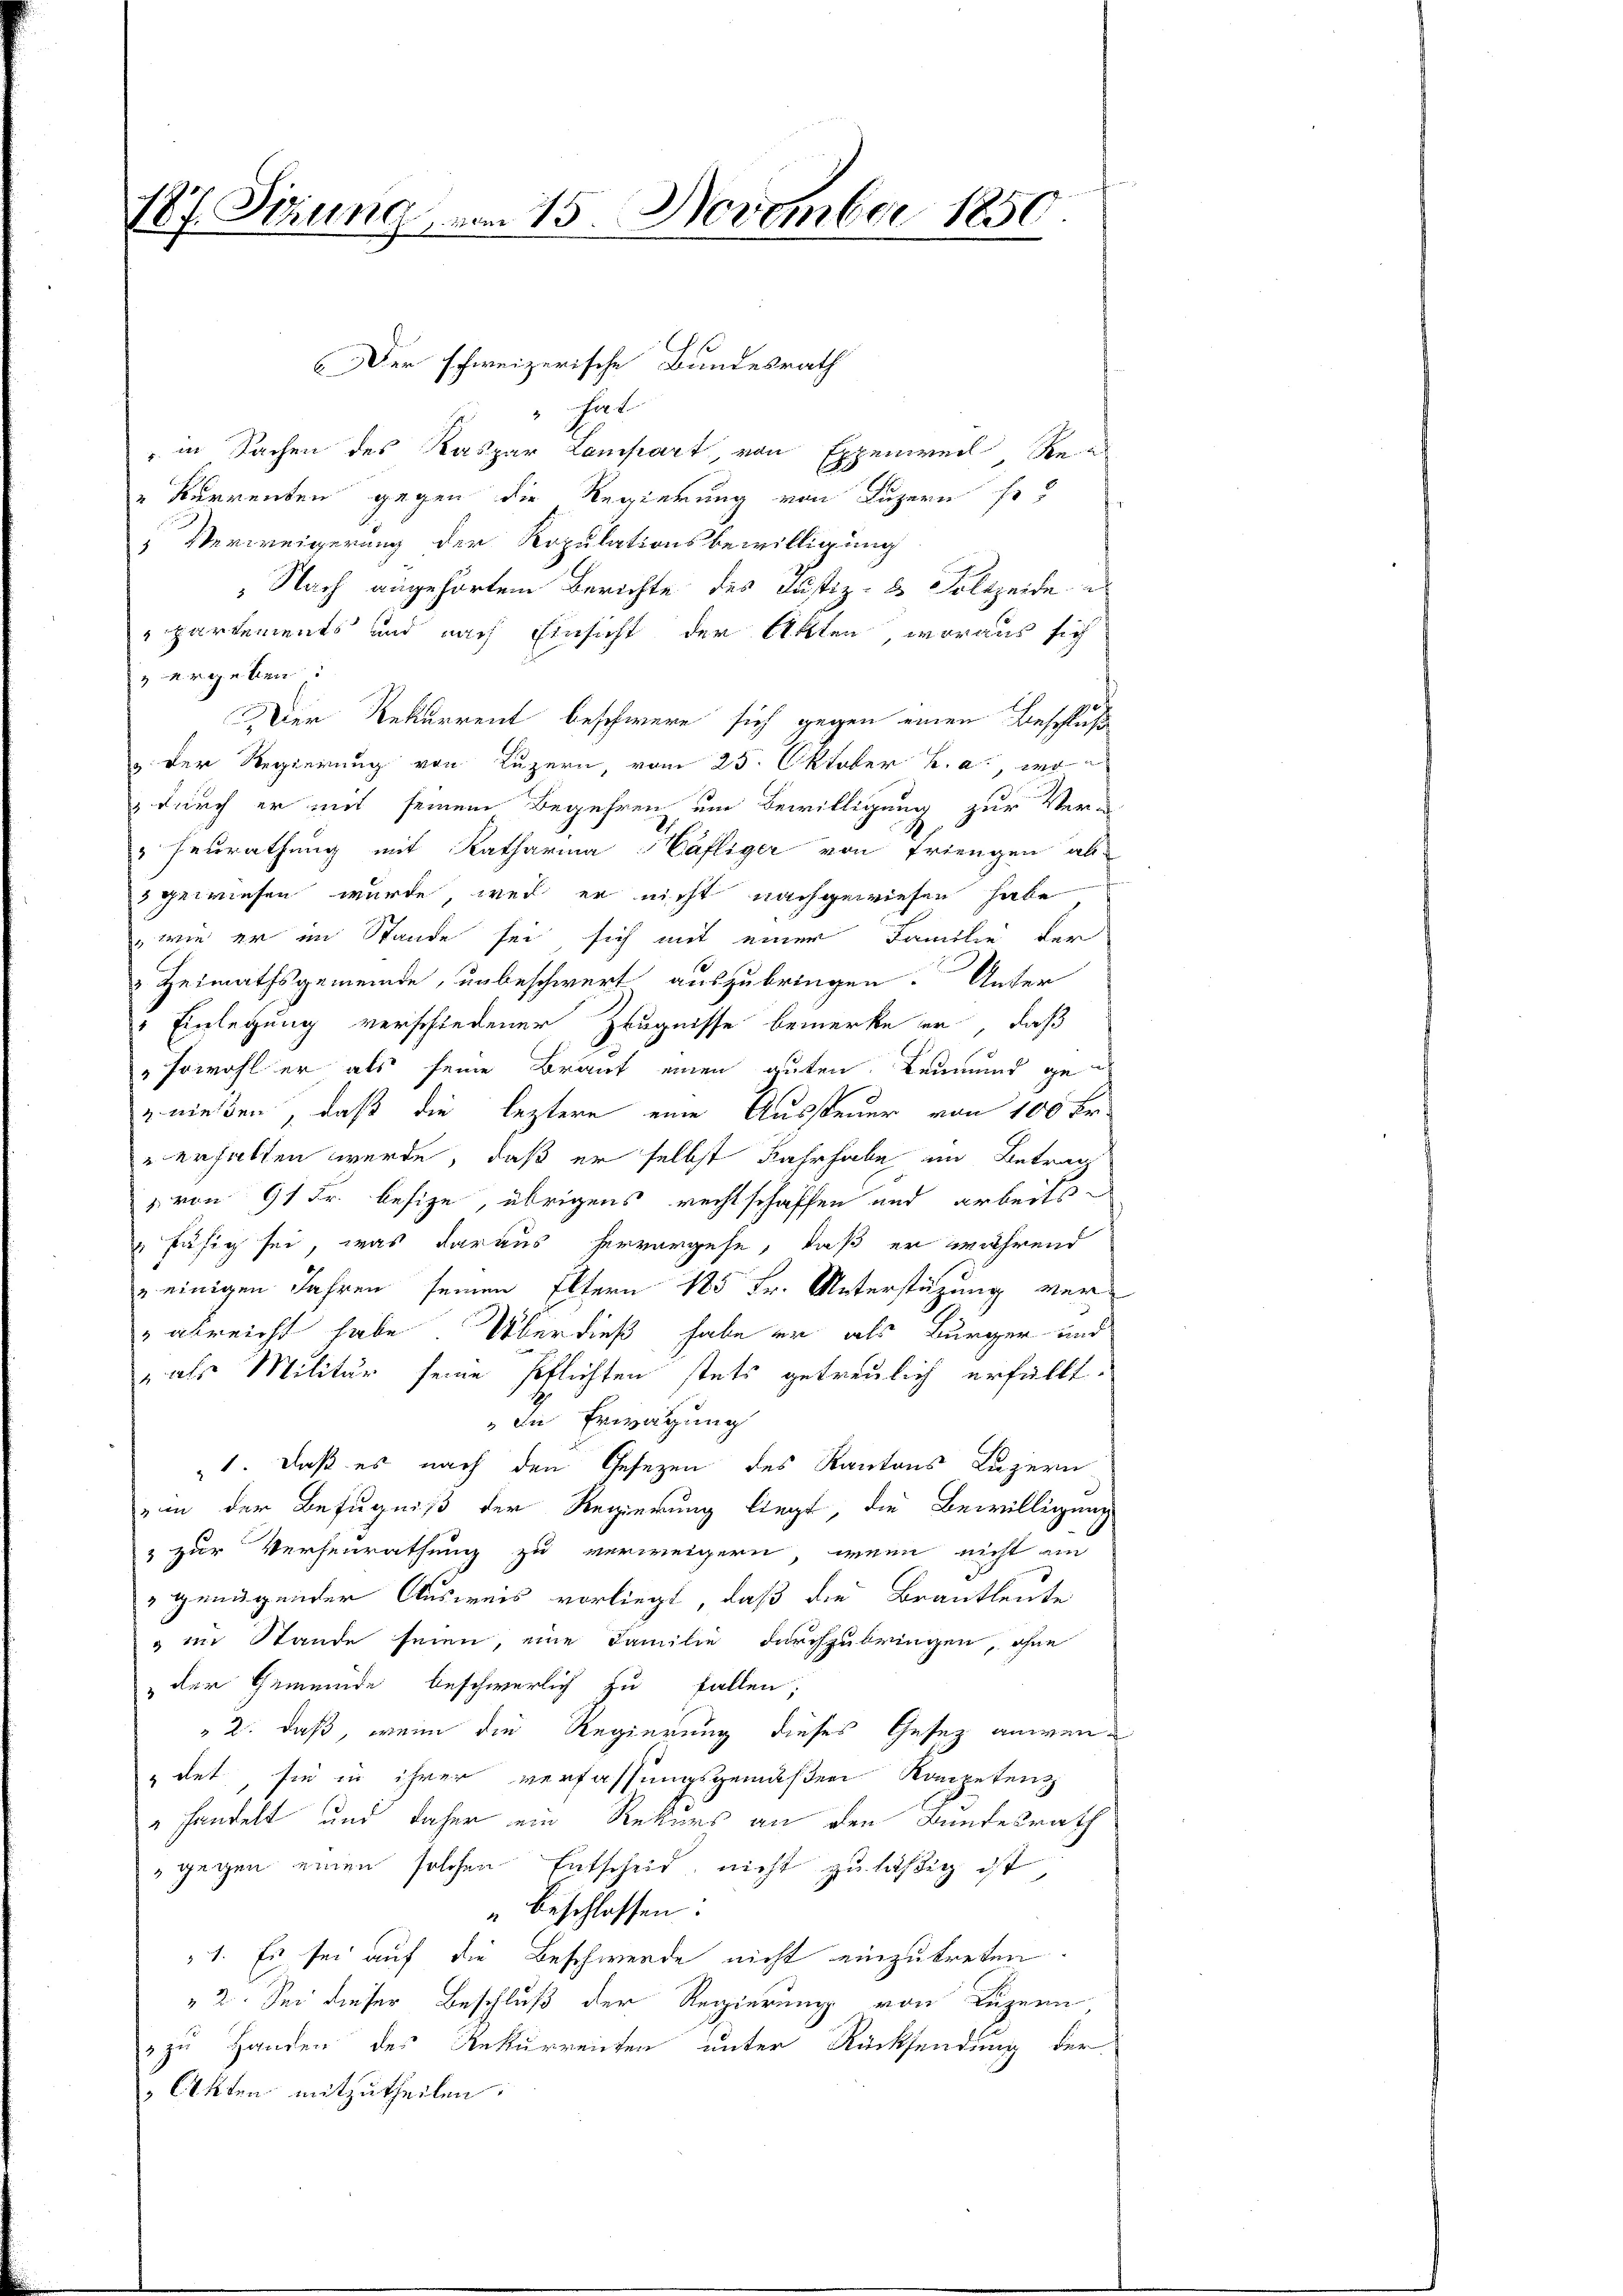
187. Sitzung am 15. November 1850.

Der schweizerische Bundesrath
" hat
" in Sachen des Kaspar Lampart, von Eppenweil Re
"Kurrenten gegen die Regierung von Luzern so,
 Verweigerung der Kopulationsbewilligung
 Nach angehörtem Berichte des Justiz- & Polizeide
partements und nach Einsicht der Akten, woraus sich
 ergeben:
Der Rekurrent beschwere sich gegen einen Beschluß
 Der Regierung von Luzern, vom 25. Oktober h. a. wo¬
 durch er mit seinem Begehren um Bewilligung zur Ver¬
"Feurathung mit Katharina Cäfliger von Friengen ab-
 gewiesen wurde wer er nicht nachgewiesen habe
, wie er im Stande sei sich mit einer Familie der
 Heimathsgemeinde, unbeschwert auszubringen. Unter
" Einlegung verschiedener Zeugnisse bemerke er, daß
"sowohl er als seine Braut einen guten Leumund geznießen, daß die leztere eine Aussteuer von 100 Fr.
erhalten werde, daß er selbst Fahrhabe im Betrag
" von 91 Fr. besize, übrigens rechtschaffen und arbeits
fähig sei, was daraus hervorgehe, daß er während
" einigen Jahren seinen Eltern 185 Fr. Unterstützung ver¬
 abreicht habe. Überdieß habe er als Bürger und
" als Militär seine Pflichten stets getreulich erfüllt.
" die Erwägung
1. daß es nach den Gesezen des Kantons Luzern
an der Befugniß der Regierung liegt, die Bewilligung
& zur Verheurathung zu verweigern, wenn nicht ein
» genügender Ausweis vorliegt, daß die Brautleute
" im Stande seien, eine Familie durchzubringen, ohne
der Gemeinde beschwerlich zu fallen.
" 2. daß, wenn die Regierung dieses Gesetz anwendet, sie in ihrer verfassungsgemäßen Kompetenz
" handelt und daher ein Rekurs an den Bundesrath
" gegen einen solchen Entscheid, nicht zuläßig ist
" beschlossen:
1. Es sei auf die Beschwerde nicht einzutreten.
" 2. Sei dieser Beschluß der Regierung von Luzern
" zu Handen des Rekurrenten unter Rücksendung der
 Akten mitzutheilen: